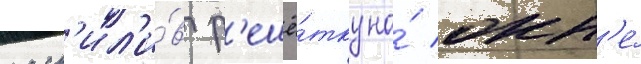
расп'ил'и́в р'ешё́тку на́ окн'е́